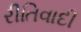
રીતિવાદી